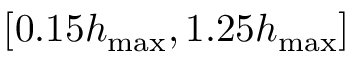
[ 0 . 1 5 h _ { \mathrm { m a x } } , 1 . 2 5 h _ { \mathrm { m a x } } ]